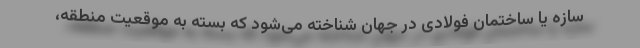
سازه یا ساختمان فولادی در جهان شناخته می‌شود که بسته به موقعیت منطقه،